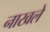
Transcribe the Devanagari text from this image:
नाखले